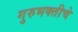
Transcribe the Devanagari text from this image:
गुरुभक्तीचे